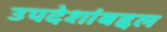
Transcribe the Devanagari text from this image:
उपदेशांबद्दल